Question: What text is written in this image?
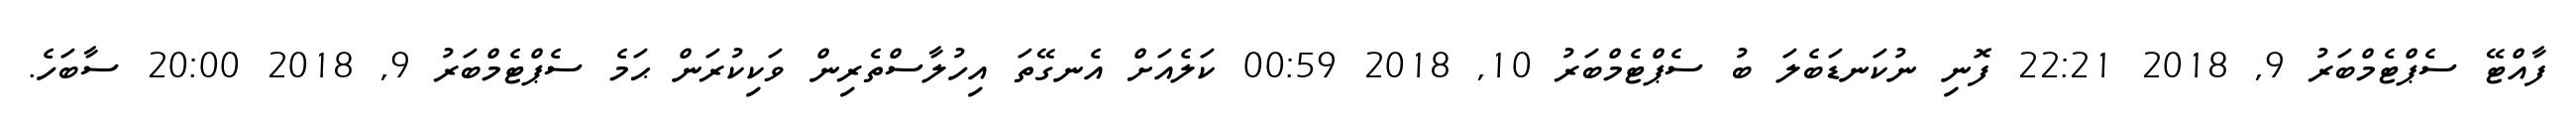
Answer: ފާއްޓޭ ސެޕްޓެމްބަރު 9, 2018 22:21 ފޮނި ނުކަނޑަބެލަ ބު ސެޕްޓެމްބަރު 10, 2018 00:59 ކަލެއަށް އެނގޭތަ އިހުލާސްތެރިން ވަކިކުރަން ޙަމެ ސެޕްޓެމްބަރު 9, 2018 20:00 ސާބަހެ.